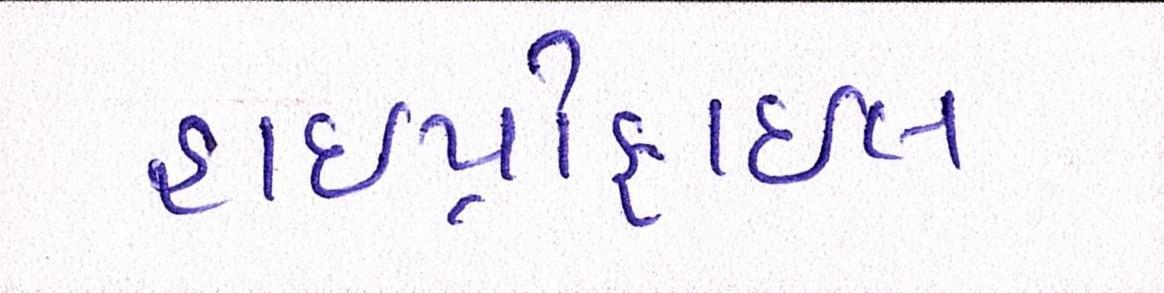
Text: હાઇપ્રોફાઇલ